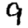
Digit: 9